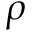
\rho